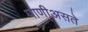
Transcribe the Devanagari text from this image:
पाणीअसते